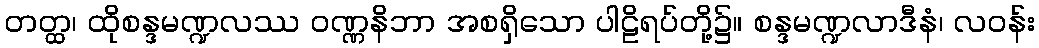
တတ္ထ၊ ထိုစန္ဒမဏ္ဍလဿ ဝဏ္ဏနိဘာ အစရှိသော ပါဠိရပ်တို့၌။ စန္ဒမဏ္ဍလာဒီနံ၊ လဝန်း